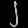
Digit: ၂